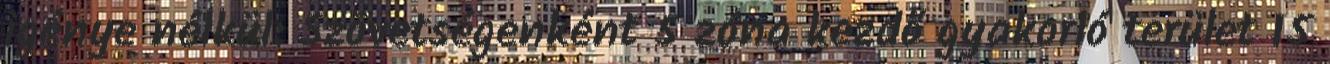
igénye nélkül: Szövetségenként 5 zóna kezdő gyakorló terület 15